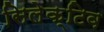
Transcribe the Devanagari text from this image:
सिलेक्टिव